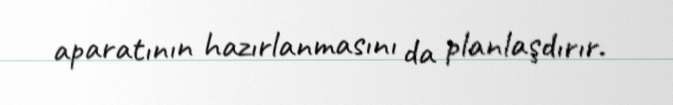
aparatının hazırlanmasını da planlaşdırır.